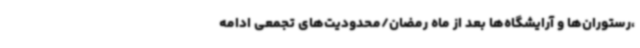
،رستوران‌ها و آرایشگاه‌ها بعد از ماه رمضان/محدودیت‌های تجمعی ادامه